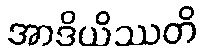
အာဒိယိဿတိ